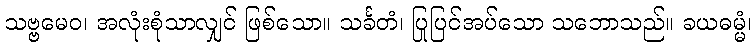
သဗ္ဗမေဝ၊ အလုံးစုံသာလျှင် ဖြစ်သော။ သင်္ခတံ၊ ပြုပြင်အပ်သော သဘောသည်။ ခယဓမ္မံ၊